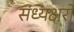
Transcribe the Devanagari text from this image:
संध्यक्षरों